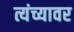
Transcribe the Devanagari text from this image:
त्यंच्यावर